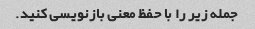
جمله زیر را با حفظ معنی بازنویسی کنید.